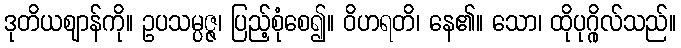
ဒုတိယဈာန်ကို။ ဥပသမ္ပဇ္ဇ၊ ပြည့်စုံစေ၍။ ဝိဟရတိ၊ နေ၏။ သော၊ ထိုပုဂ္ဂိုလ်သည်။